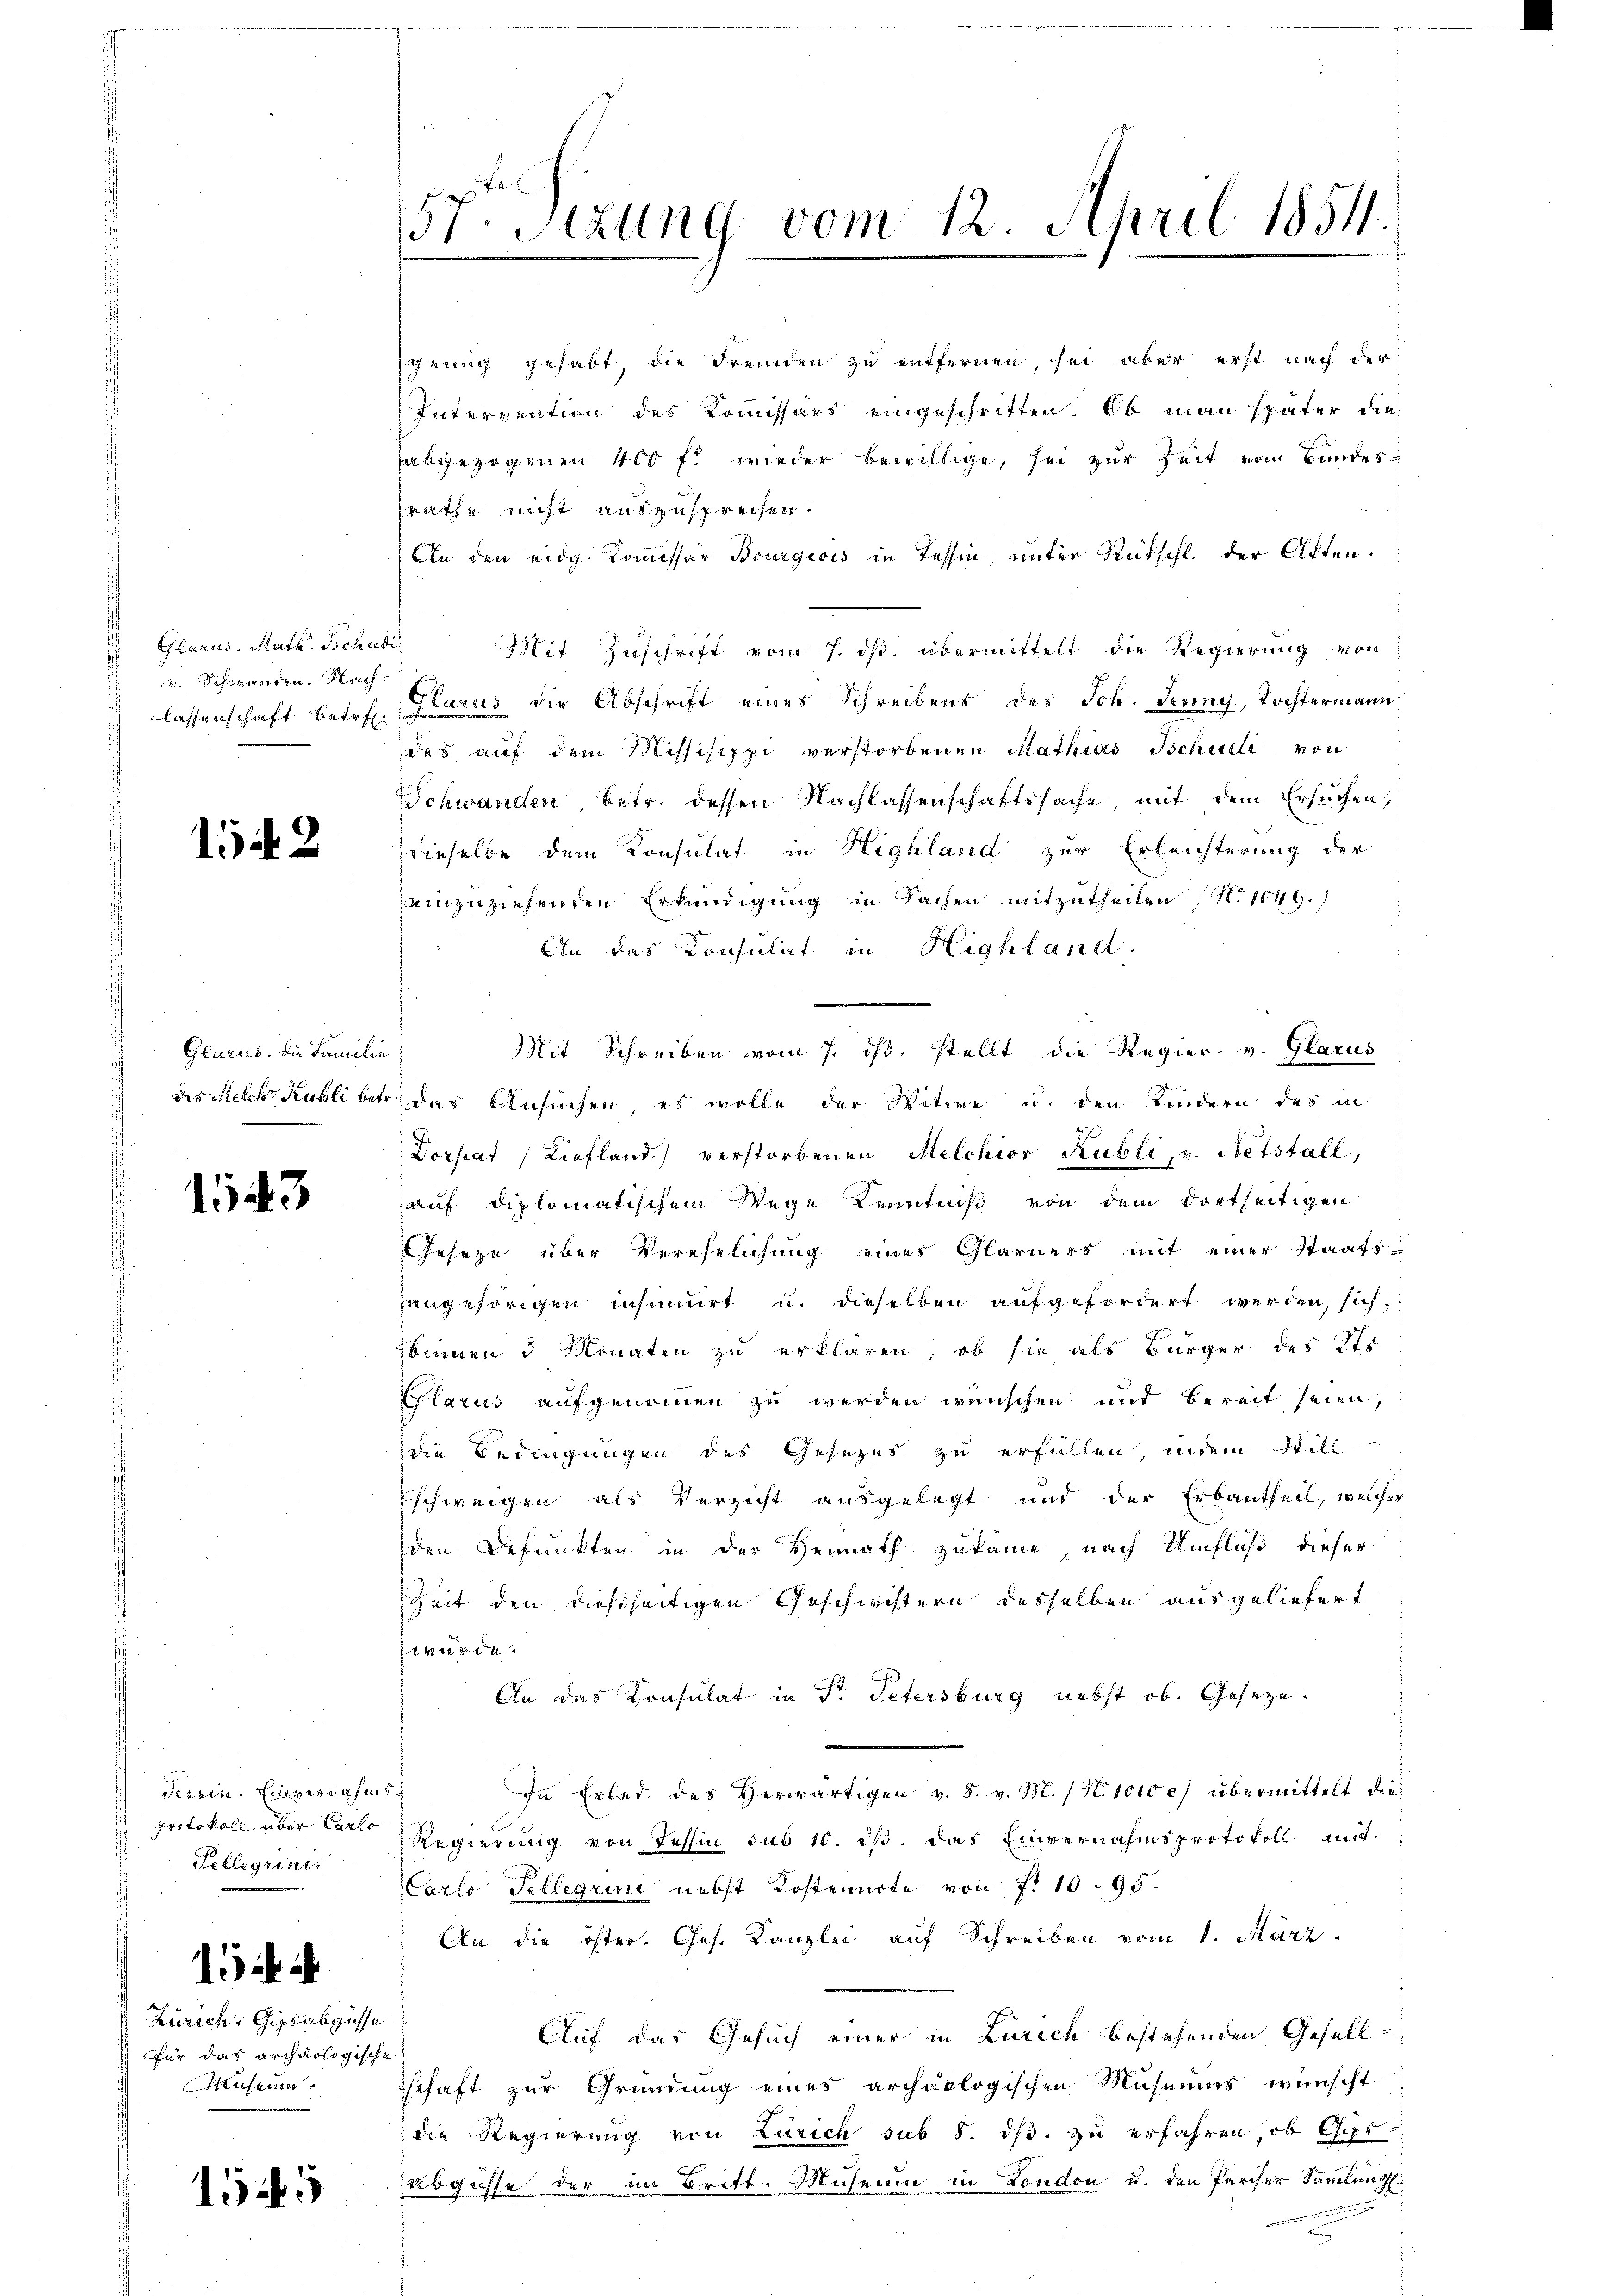
Glarus, Math. Tschudi
Schwanden. Nach

1542

Glarus. Die Familie

1543

dessen. Einvernahms¬
Protokoll über Carlo
Tellegrini.

15

Zürich, Gipsabgüsse
für das archäologische
Museum

1545

grung gehabt, die Fremden zu entfernen, sei aber erst nach der
Intervention des Kommissärs eingeschritten. Ob man später die
abgezogenen 400 f: wieder bewillige, sei zur Zeit vom Bundessrathe nicht auszusprechen.
An den eidg. Kommissär Bourgeois in Tessin, unter Stütschl. der Akten.
Mit Zuschrift vom 7. ds. übermittelt die Regierung von
lassenschaft betr. Glarus die Abschrift eines Schreibens des Joh. Jenny, Tochtermann
des auf dem Missisippi verstorbenen Mathias Tschudi von
Schwanden, betr. dessen Nachlassenschaftssache, mit dem Ersuchen,
dieselbe dem Konsulat in Highland zur Erleichterung der
einzuziehenden Erkundigung in Sachen mitzutheilen (N. 1049.
An das Konsulat in Highland.
Mit Schreiben vom 7. ds. stellt die Regier. v. Glarus
des Melche Rubli betr. das Ansuchen, es wolle der Witwe u. den Kindern des in
Dorseat Liefland) verstorbenen Melchior Kubli, u. Netstall,
auf diplomatischem Wege Kenntniß von dem dortseitigen
Geseze über Verehelichung eines Glarners mit einer Staats-
hangehörigen insumirt u. dieselben aufgefordert werden, sich
binnen 3 Monaten zu erklären, ob sie als Bürger des Kts.
Glarus aufgenommen zu werden wünschen und bereit seien,
die Bedingungen des Gesezes zu erfüllen, indem Still
schweigen als Verzicht ausgelegt und der Erbautheil, welcher
den Befunkten in der Heimath zukäme, nach Umfluß dieser
Zeit den dießseitigen Geschwistern desselben ausgeliefert
wurde.
An das Konsulat in Fr. Petersburg nebst ob. Gesetze.
In Erled des Herwärtigen v. 8. v. M. N. 1010 e) übermittelt die¬
Regierung von Tessin sub 10. ist. Das Einvernahmsprotokoll und
CCarlo Tellegrini nebst Kostennote von f. 1095.
An die öster. Ges. Kanzlei auf Schreiben vom 1. März
Auf das Gesuch einer in Zürich bestehenden Gesell
schaft zur Gründung eines archäologischen Musemas wünscht
die Regierung von Zürich sub 8. ds. zu erfahren, ob Gips
abgüsse der im Britt. Museum in London u. den Pariser Sammlung.
unter einen eine
x

57. Sizung vom 12. April 1854.